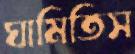
ঘামিতিস